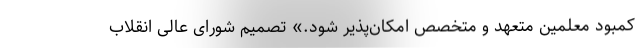
کمبود معلمین متعهد و متخصص امکان‌پذیر شود.» تصمیم شورای عالی انقلاب